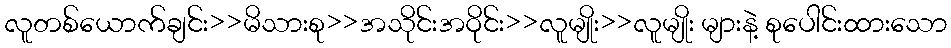
လူတစ်ယောက်ချင်း>>မိသားစု>>အသိုင်းအဝိုင်း>>လူမျိုး>>လူမျိုး များနဲ့ စုပေါင်းထားသော